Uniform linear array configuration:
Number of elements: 24
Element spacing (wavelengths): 0.5
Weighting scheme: hann
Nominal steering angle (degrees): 15
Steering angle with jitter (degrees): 16.326
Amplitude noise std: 0.05
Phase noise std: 0.05

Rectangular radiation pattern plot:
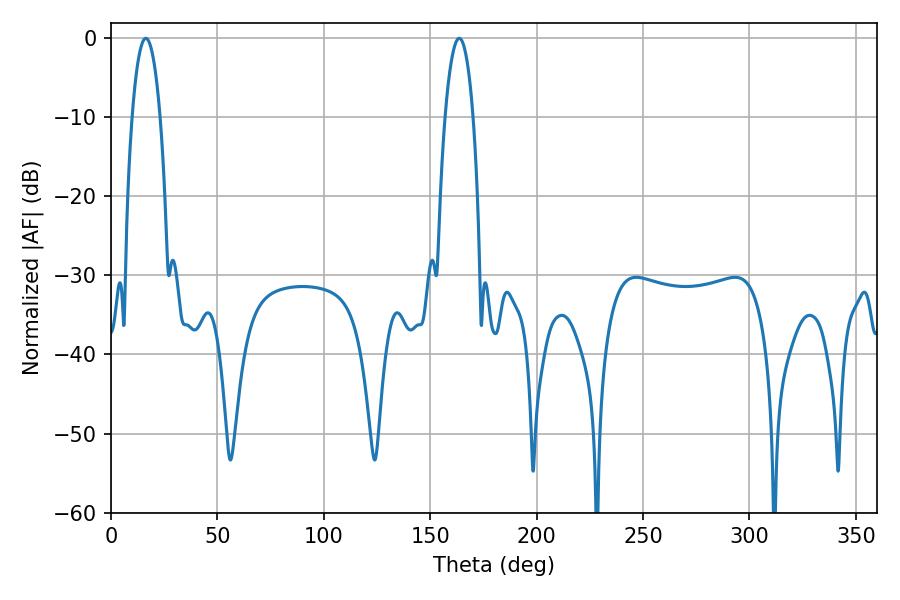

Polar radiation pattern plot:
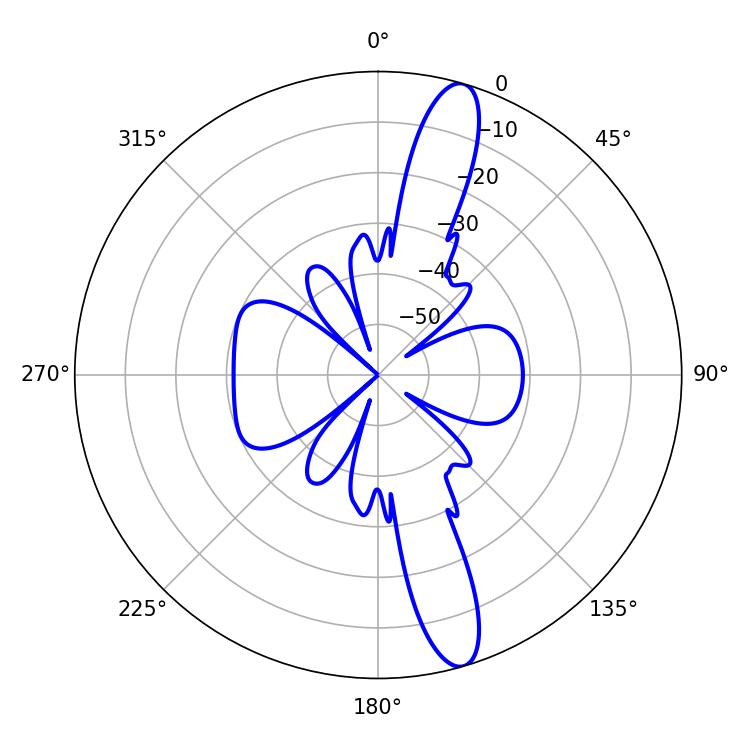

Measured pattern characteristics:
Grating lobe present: FALSE
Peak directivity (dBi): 14.142
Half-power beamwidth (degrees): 7.38
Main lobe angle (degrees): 16.38